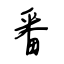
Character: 番